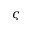
\varsigma